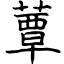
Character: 蕈